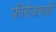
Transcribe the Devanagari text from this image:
फ़ीरोज़शाही